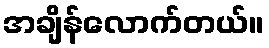
အချိန်လောက်တယ်။